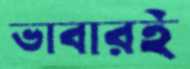
ভাবারই